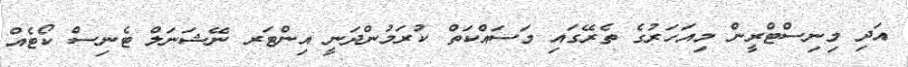
އަދި މިނިސްޓްރީން މިއަހަރުގެ ތެރޭގައި މަސައްކަތް ކުރަމުންދަނީ އިންޓަރ ނޭޝަނަލް ޓެނިސް ކޯޓެއް